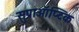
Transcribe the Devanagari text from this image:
सुप्राऑप्टिक